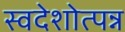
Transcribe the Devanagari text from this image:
स्वदेशोत्पन्न